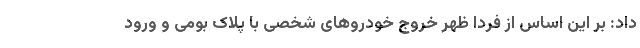
داد: بر این اساس از فردا ظهر خروج خودروهای شخصی با پلاک بومی و ورود